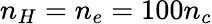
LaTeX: n_{H}=n_{e}=100n_{c}